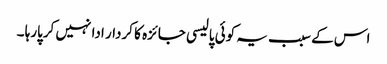
اس کے سبب یہ کوئی پالیسی جائزہ کا کردار ادا نہیں کرپارہا ۔